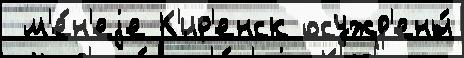
 м'е́н'еjе К'ир'енск осужд'ены́